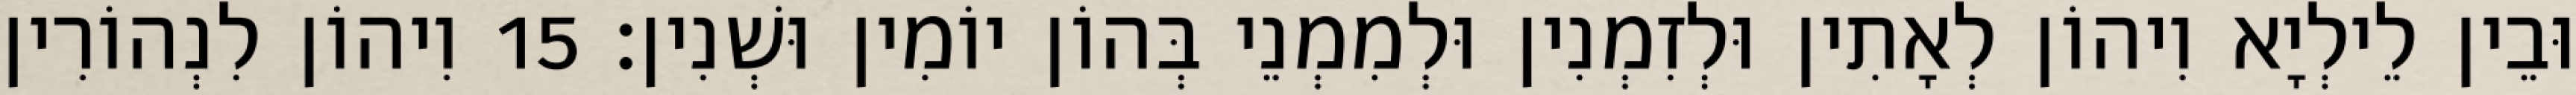
וּבֵין לֵילְיָא וִיהוֹן לְאָתִין וּלְזִמְנִין וּלְמִמְנֵי בְּהוֹן יוֹמִין וּשְׁנִין׃ 15 וִיהוֹן לִנְהוֹרִין